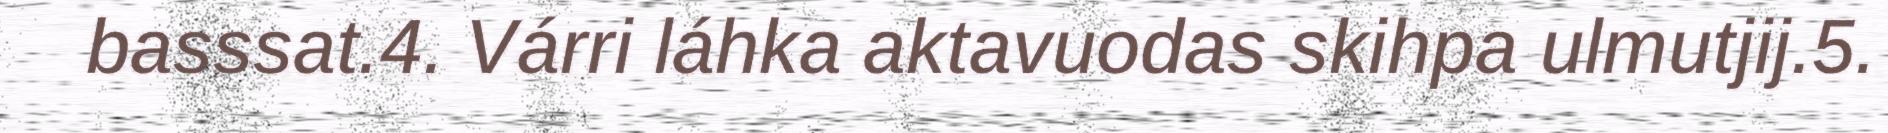
basssat.4. Várri láhka aktavuodas skihpa ulmutjij.5.